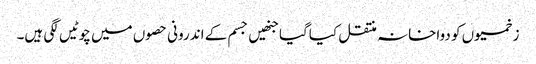
زخمیوں کو دواخانہ منتقل کیاگیا جنھیں جسم کے اندرونی حصوں میں چوٹیں لگی ہیں۔